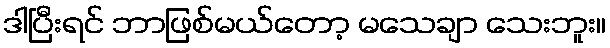
ဒါပြီးရင် ဘာဖြစ်မယ်တော့ မသေချာ သေးဘူး။